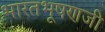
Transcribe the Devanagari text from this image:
भारतभूषणजी